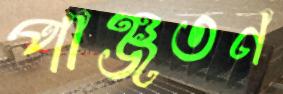
পাঞ্জতন